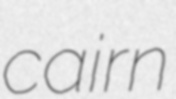
cairn